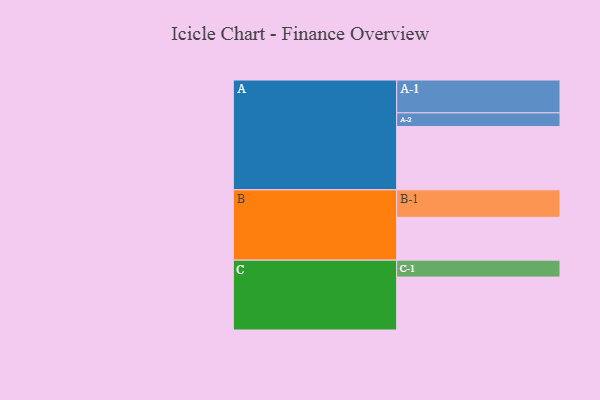
{"axis": {"x": "Segment", "y": "Value"}, "legend": ["", "A", "B", "C"], "data": [{"x": "A", "y": 470, "type": ""}, {"x": "B", "y": 318, "type": ""}, {"x": "C", "y": 393, "type": ""}, {"x": "A-1", "y": 244, "type": "A"}, {"x": "A-2", "y": 102, "type": "A"}, {"x": "B-1", "y": 204, "type": "B"}, {"x": "C-1", "y": 126, "type": "C"}]}